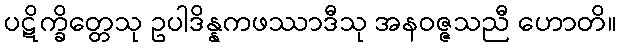
ပဋိက္ခိတ္တေသု ဥပါဒိန္နကဖဿာဒီသု အနဝဇ္ဇသညီ ဟောတိ။